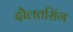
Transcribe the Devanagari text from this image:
दौलतसिंग